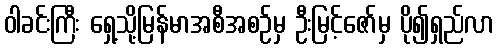
ဝါခင်းကြီး ရှေ့သို့မြန်မာအစီအစဉ်မှ ဦးမြင့်ဇော်မှ ပို၍ရှည်လာ